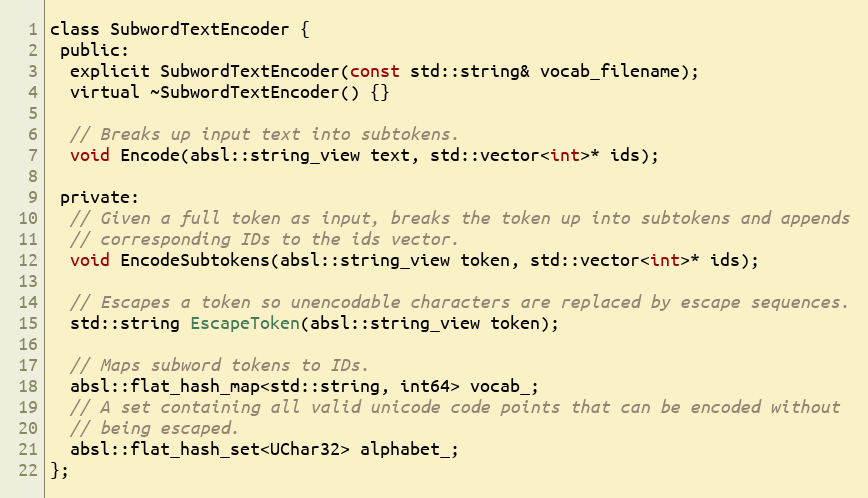
Language: C
class SubwordTextEncoder {
 public:
  explicit SubwordTextEncoder(const std::string& vocab_filename);
  virtual ~SubwordTextEncoder() {}

  // Breaks up input text into subtokens.
  void Encode(absl::string_view text, std::vector<int>* ids);

 private:
  // Given a full token as input, breaks the token up into subtokens and appends
  // corresponding IDs to the ids vector.
  void EncodeSubtokens(absl::string_view token, std::vector<int>* ids);

  // Escapes a token so unencodable characters are replaced by escape sequences.
  std::string EscapeToken(absl::string_view token);

  // Maps subword tokens to IDs.
  absl::flat_hash_map<std::string, int64> vocab_;
  // A set containing all valid unicode code points that can be encoded without
  // being escaped.
  absl::flat_hash_set<UChar32> alphabet_;
};